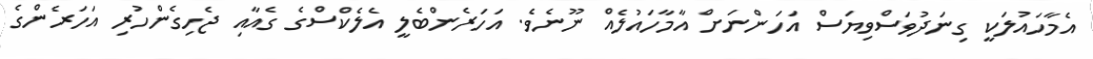
އެމާހައުލަކީ ގިނަދުވަސްވިޔަސް އަހަންނަށް އާމާހައުލެއް ނޫނެވެ. އަހަރެންބެލީ އެލެކްސްގެ ގެއާއި ޖެހިގެންހުރި އަހަރެންގެ